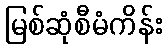
မြစ်ဆုံစီမံကိန်း